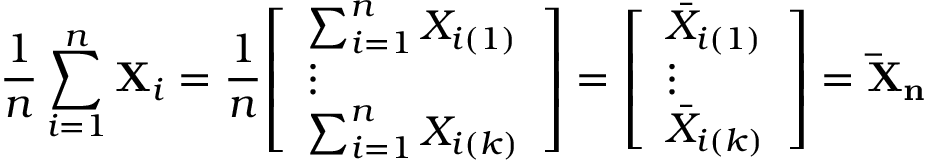
{ \frac { 1 } { n } } \sum _ { i = 1 } ^ { n } \mathbf { X } _ { i } = { \frac { 1 } { n } } { \left[ \begin{array} { l } { \sum _ { i = 1 } ^ { n } X _ { i ( 1 ) } } \\ { \vdots } \\ { \sum _ { i = 1 } ^ { n } X _ { i ( k ) } } \end{array} \right] } = { \left[ \begin{array} { l } { { \bar { X } } _ { i ( 1 ) } } \\ { \vdots } \\ { { \bar { X } } _ { i ( k ) } } \end{array} \right] } = \mathbf { { \bar { X } } _ { n } }